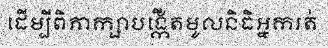
ដើម្បីពិភាក្សាបង្កើតមូលនិធិអ្នករត់